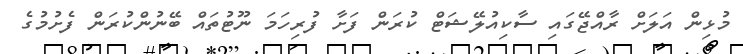
މުޅިން އަލަށް ރާއްޖޭގައި ސާކިއުލޭޝަޓް ކުރަން ފަށާ ފުރިހަމަ ނޫޓުތައް ބޭނުންކުރަން ފެށުމުގެ